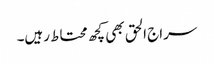
سراج الحق بھی کچھ محتاط رہیں۔